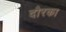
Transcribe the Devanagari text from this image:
दौरका